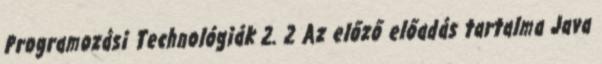
Programozási Technológiák 2. 2 Az előző előadás tartalma Java